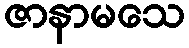
ဇာနာမသေ